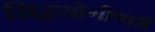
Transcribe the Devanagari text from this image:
सिद्धयोगीश्वरी